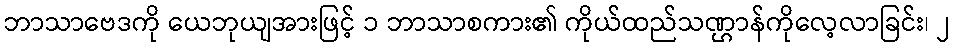
ဘာသာဗေဒကို ယေဘုယျအားဖြင့် ၁ ဘာသာစကား၏ ကိုယ်ထည်သဏ္ဌာန်ကိုလေ့လာခြင်း၊ ၂